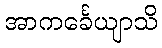
အာကင်္ခေယျာသိ